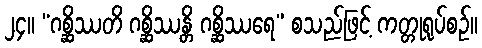
၂၄။ “ဂစ္ဆိဿတိ ဂစ္ဆိဿန္တိ ဂစ္ဆိဿရေ” စသည်ဖြင့် ကတ္တုရုပ်စဉ်။